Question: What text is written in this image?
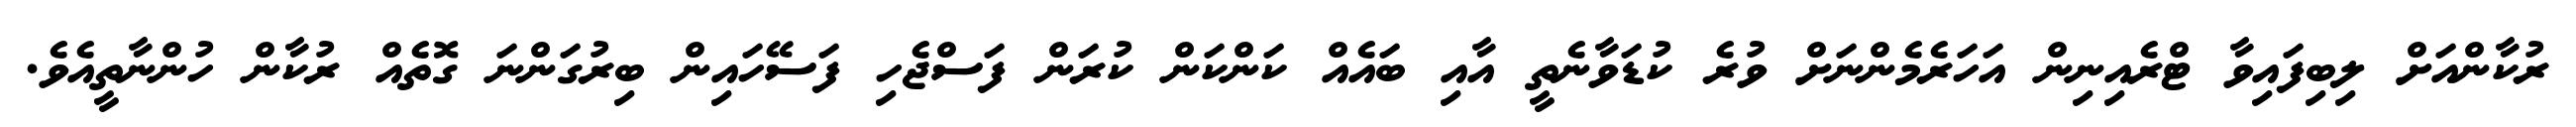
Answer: ރުކާންއަށް ލިބިފައިވާ ޓްރެއިނިން އަހަރެމެންނަށް ވުރެ ކުޑަވާނެތީ އާއި ބައެއް ކަންކަން ކުރަން ފަސްޖެހި ފަސޭހައިން ބިރުގަންނަ ގޮތެއް ރުކާން ހުންނާތީއެވެ.